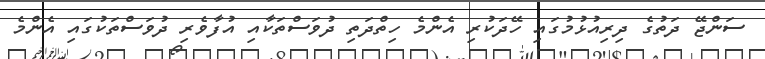
ސަންޖޭ ދަތުގެ ދިރިއުޅުމުގައި ހޭދަކުރި އެންމެ ހިތްދަތި ދުވަސްތަކާއި އުފާވެރި ދުވަސްތަކުގައި އެންމެ